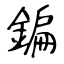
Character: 鍽